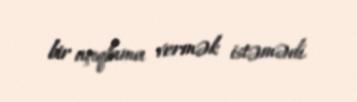
bir açıqlama vermək istəmədi.